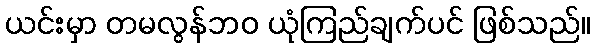
ယင်းမှာ တမလွန်ဘဝ ယုံကြည်ချက်ပင် ဖြစ်သည်။